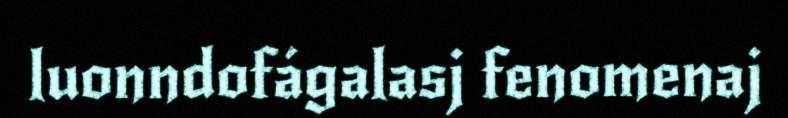
luonndofágalasj fenomenaj